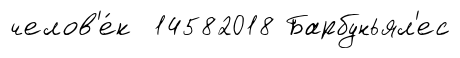
челов'е́к 14582018 Барбуньял'ес